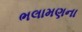
ભલામણના